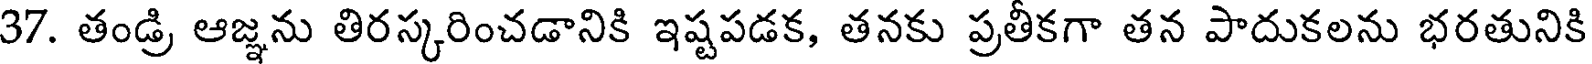
37. తండ్రి ఆజ్ఞను తిరస్కరించడానికి ఇష్టపడక, తనకు ప్రతీకగా తన పాదుకలను భరతునికి